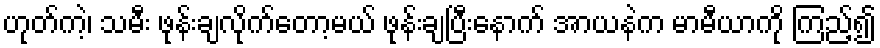
ဟုတ်ကဲ့၊ သမီး ဖုန်းချလိုက်တော့မယ် ဖုန်းချပြီးနောက် အာယနဲက မာမီယာကို ကြည့်၍